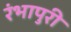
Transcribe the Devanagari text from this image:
रंभापुरी